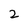
Character: 2